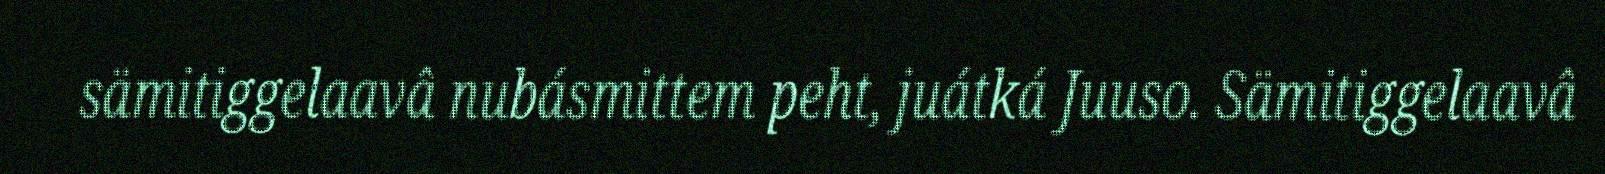
sämitiggelaavâ nubásmittem peht, juátká Juuso. Sämitiggelaavâ